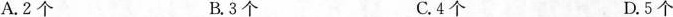
A.2个 B.3个 C.4个 D.5个